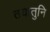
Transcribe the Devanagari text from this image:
तयातुनि